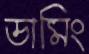
ডামিং